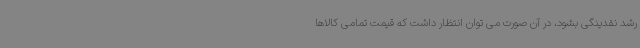
رشد نقدینگی بشود، در آن صورت می توان انتظار داشت که قیمت تمامی کالاها